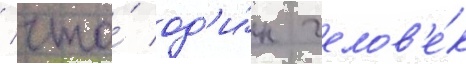
/ что́ од'и́н челов'е́к